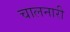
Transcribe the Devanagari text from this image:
चालनारी